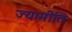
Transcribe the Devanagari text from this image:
ज्यामीति